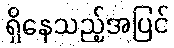
ရှိနေသည့်အပြင်